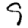
Digit: 9